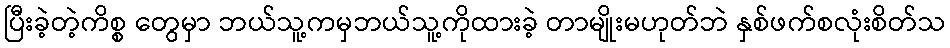
ပြီးခဲ့တဲ့ကိစ္စ တွေမှာ ဘယ်သူ့ကမှဘယ်သူ့ကိုထားခဲ့ တာမျိုးမဟုတ်ဘဲ နှစ်ဖက်စလုံးစိတ်သ